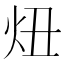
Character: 炄